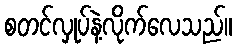
စတင်လှုပ်နဲ့လိုက်လေသည်။